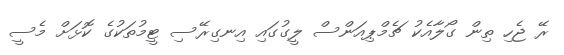
ރޭ ޖެހި ތިން ގޯލާއެކު ޗެމްޕިއަންސް ލީގުގައި އިނގިރޭސި ޓީމުތަކުގެ ކޮޅަށް މެސީ